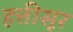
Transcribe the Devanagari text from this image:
हत्तीसूर